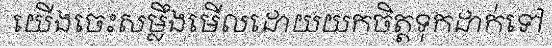
យើងចេះសម្លឹងមើលដោយយកចិត្តទុកដាក់ទៅ